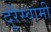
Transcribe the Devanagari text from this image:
दुरैस्वामी